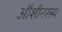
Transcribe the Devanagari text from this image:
औशीनरस्य